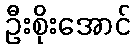
ဦးစိုးအောင်